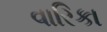
વારિકા